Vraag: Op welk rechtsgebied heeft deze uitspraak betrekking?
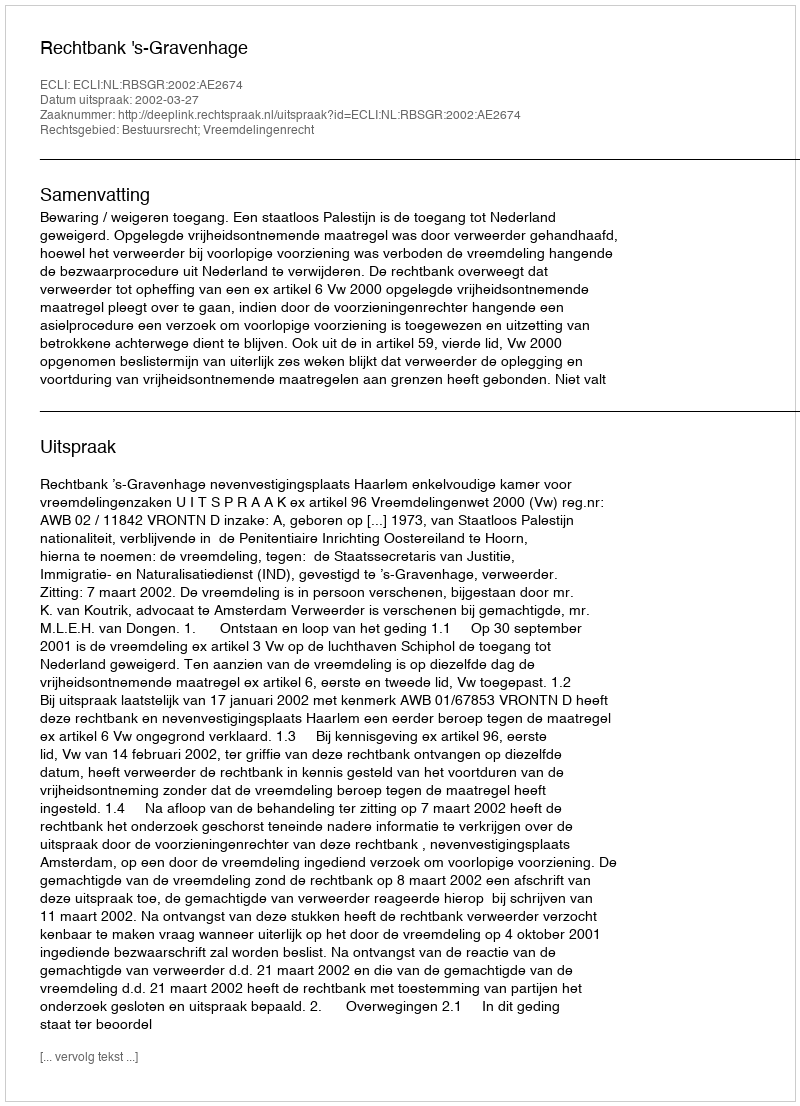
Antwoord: Bestuursrecht; Vreemdelingenrecht